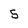
Character: 5